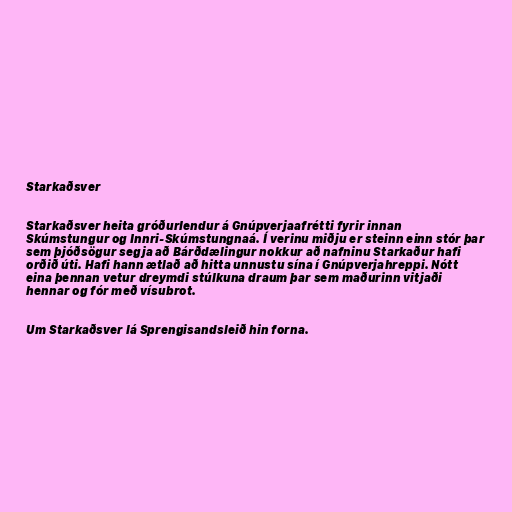
Starkaðsver

Starkaðsver heita gróðurlendur á Gnúpverjaafrétti fyrir innan
Skúmstungur og Innri-Skúmstungnaá. Í verinu miðju er steinn einn stór þar
sem þjóðsögur segja að Bárðdælingur nokkur að nafninu Starkaður hafi
orðið úti. Hafi hann ætlað að hitta unnustu sína í Gnúpverjahreppi. Nótt
eina þennan vetur dreymdi stúlkuna draum þar sem maðurinn vitjaði
hennar og fór með vísubrot.

Um Starkaðsver lá Sprengisandsleið hin forna.